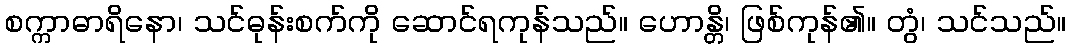
စက္ကာဓာရိနော၊ သင်ဓုန်းစက်ကို ဆောင်ရကုန်သည်။ ဟောန္တိ၊ ဖြစ်ကုန်၏။ တွံ၊ သင်သည်။